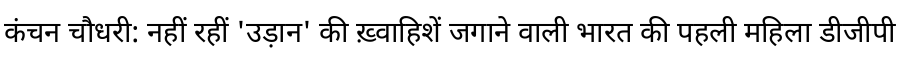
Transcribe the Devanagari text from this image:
कंचन चौधरी: नहीं रहीं 'उड़ान' की ख़्वाहिशें जगाने वाली भारत की पहली महिला डीजीपी